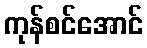
ကုန်စင်အောင်